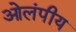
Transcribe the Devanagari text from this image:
ओलंपीय